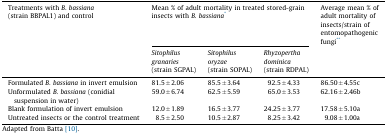
<table><thead><tr><td><b>Treatments with <i>B. bassiana</i> (strain BBPAL1) and control</b></td><td colspan="3"><b>Mean % of adult mortality in treated stored-grain insects with <i>B. bassiana</i>*</b></td><td><b>Average mean % of adult mortality of insects/strain of entomopathogenic fungi**</b></td></tr><tr><td></td><td><b><i>Sitophilus granaries</i> (strain SGPAL)</b></td><td><b><i>Sitophilus oryzae</i> (strain SOPAL)</b></td><td><b><i>Rhyzopertha dominica</i> (strain RDPAL)</b></td><td></td></tr></thead><tbody><tr><td>Formulated <i>B. bassiana</i> in invert emulsion</td><td>81.5 ± 2.06</td><td>85.5 ± 3.64</td><td>92.5 ± 4.33</td><td>86.50 ± 4.55c</td></tr><tr><td>Unformulated <i>B. bassiana</i> (conidial suspension in water)</td><td>59.0 ± 6.74</td><td>62.5 ± 5.59</td><td>65.0 ± 3.53</td><td>62.16 ± 2.46b</td></tr><tr><td>Blank formulation of invert emulsion</td><td>12.0 ± 1.89</td><td>16.5 ± 3.77</td><td>24.25 ± 3.77</td><td>17.58 ± 5.10a</td></tr><tr><td>Untreated insects or the control treatment</td><td>8.5 ± 2.50</td><td>10.5 ± 2.87</td><td>8.25 ± 3.42</td><td>9.08 ± 1.00a</td></tr></tbody></table>